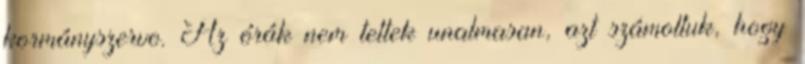
kormányszervo. Az órák nem teltek unalmasan, azt számoltuk, hogy